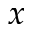
x